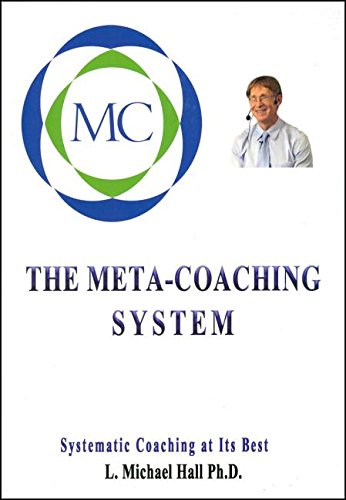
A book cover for The Meta-Coaching System: Systematic coaching at it's best; L. Michael Hall; Self-Help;